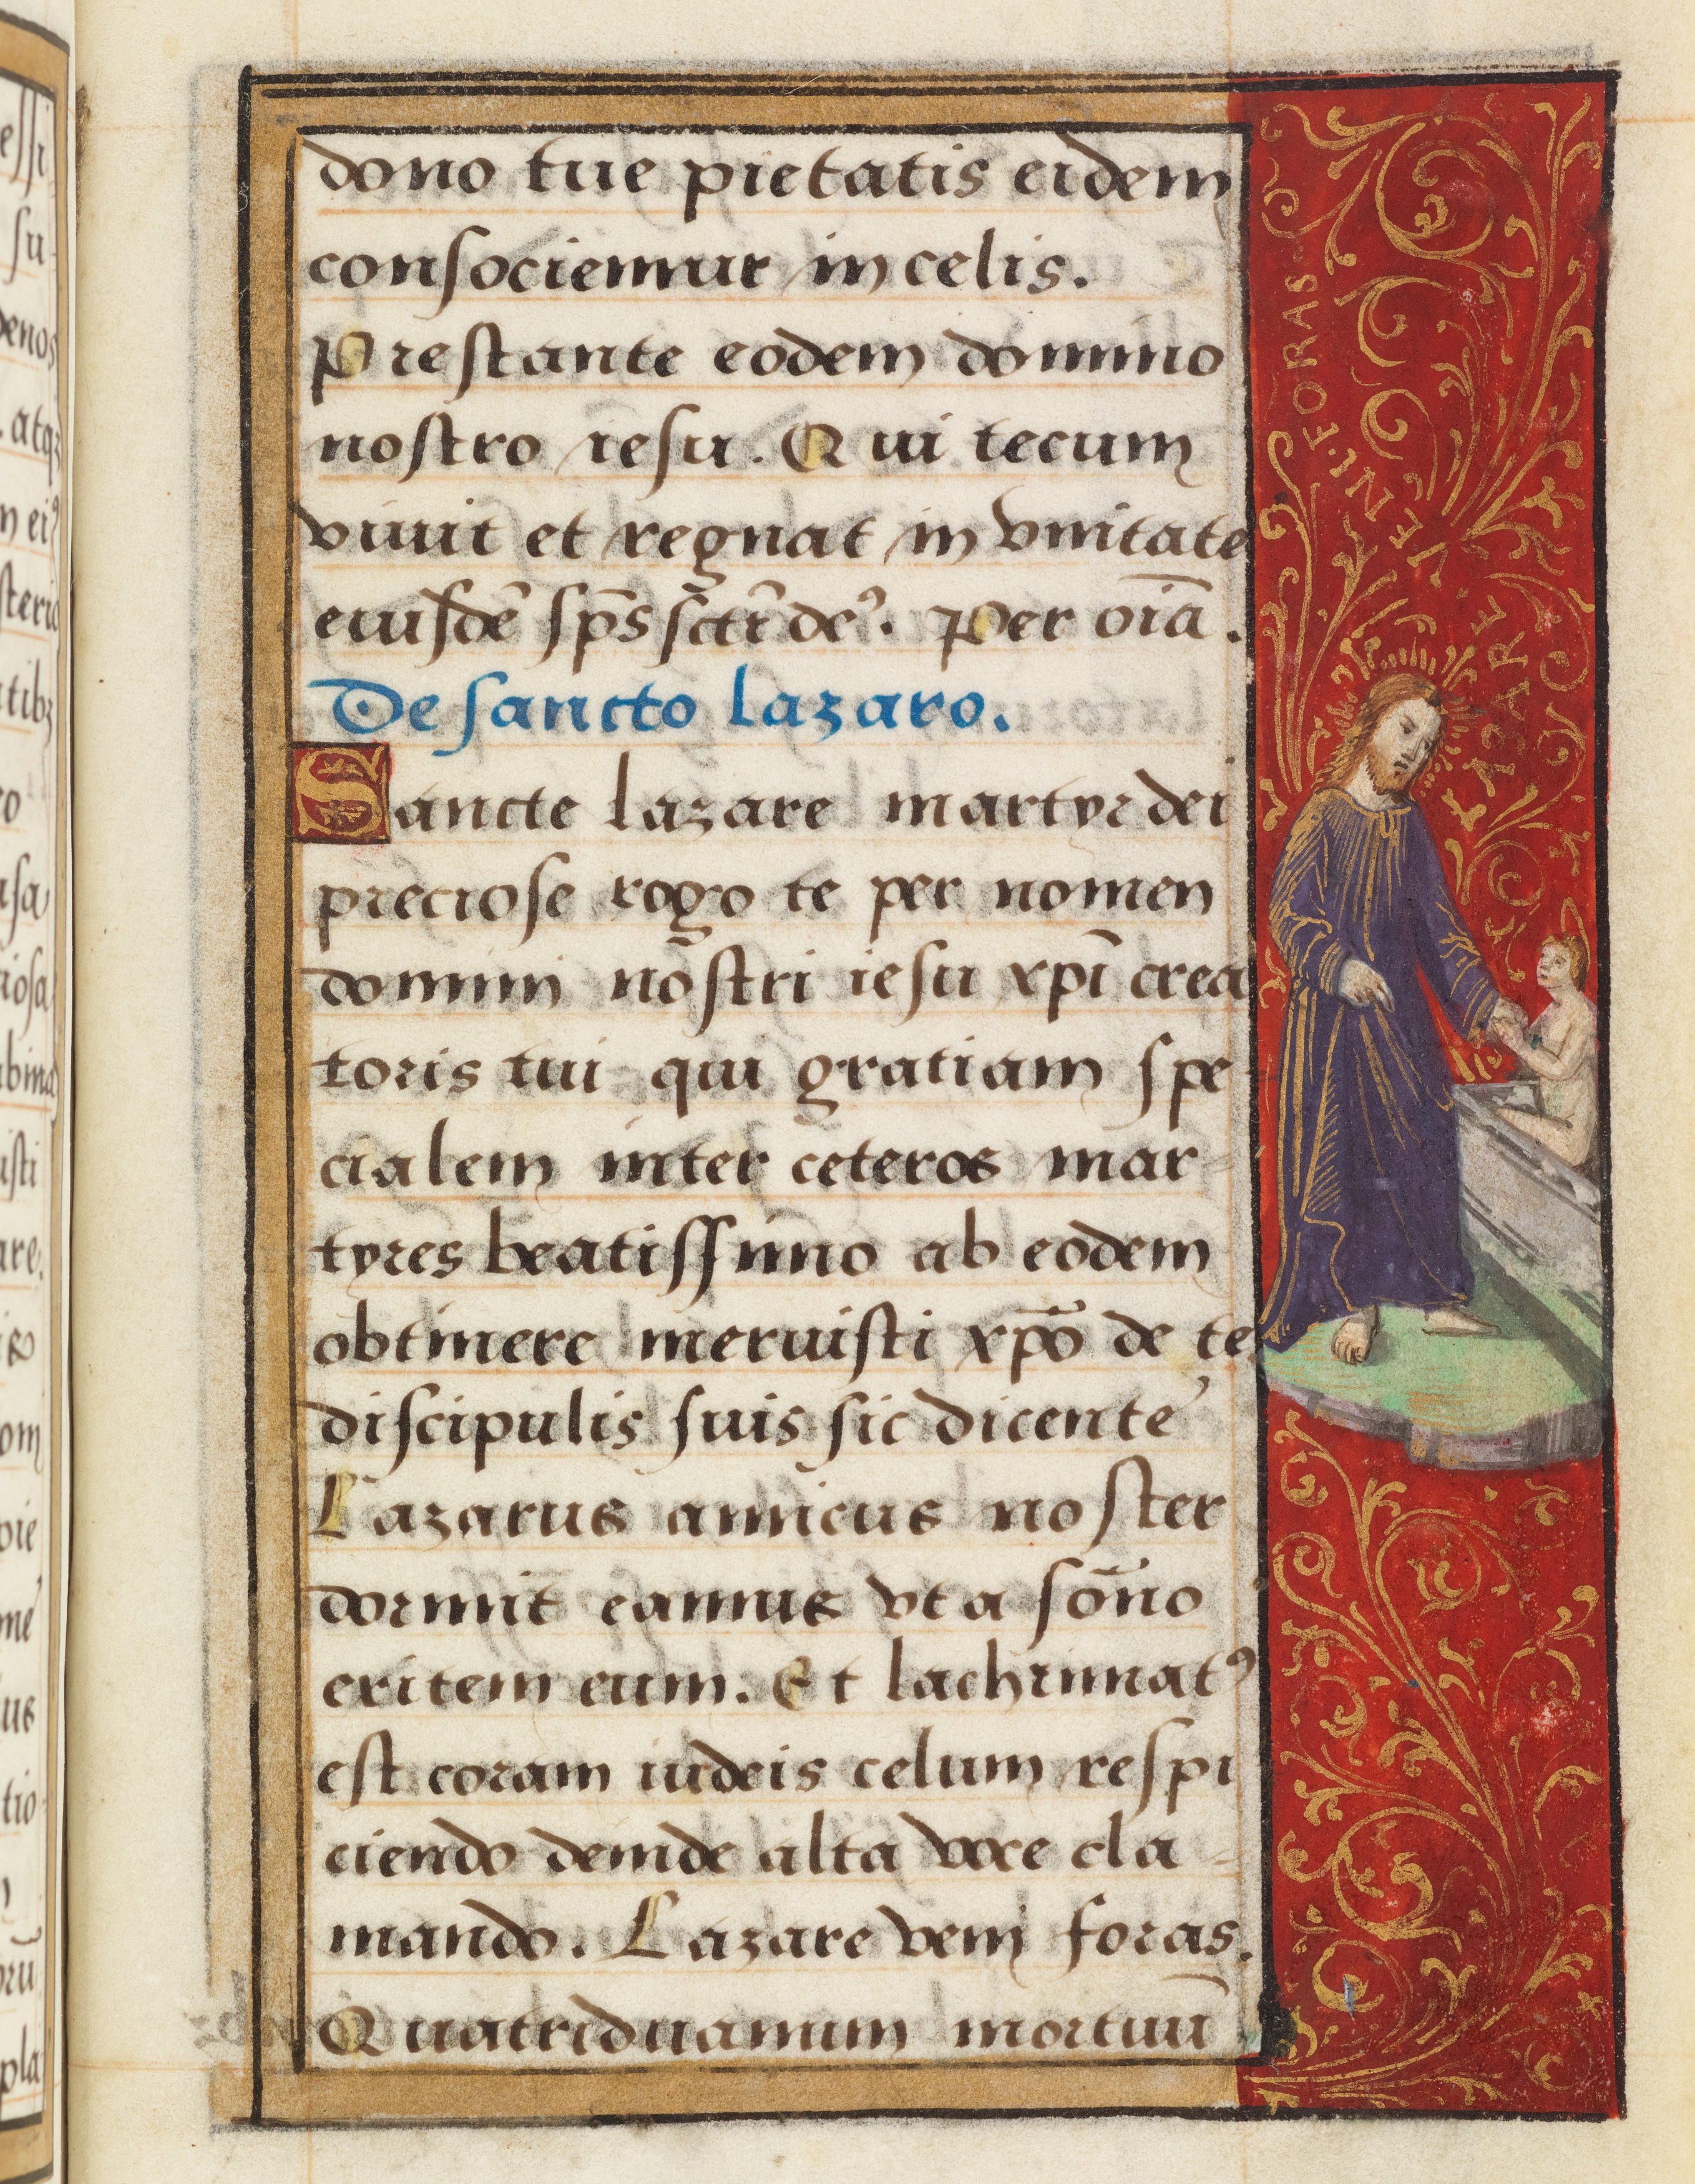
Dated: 1524–1524